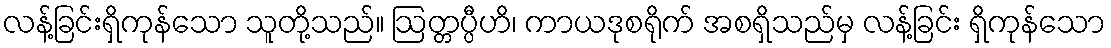
လန့်ခြင်းရှိကုန်သော သူတို့သည်။ ဩတ္တပ္ပီဟိ၊ ကာယဒုစရိုက် အစရှိသည်မှ လန့်ခြင်း ရှိကုန်သော